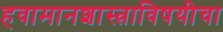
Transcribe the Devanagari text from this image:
हवामानशास्त्राविषयीचा